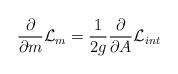
LaTeX: \begin{align*}\frac{\partial}{{\partial}m}{\cal{L}}_m = \frac{1}{2g}\frac{\partial}{\partial A}{\cal{L}}_{int}\end{align*}